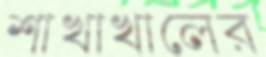
শাখাখালের